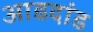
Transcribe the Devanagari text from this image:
आडदांड